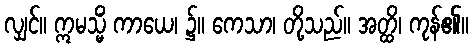
လျှင်။ ဣမသ္မိံ ကာယေ၊ ၌။ ကေသာ၊ တို့သည်။ အတ္ထိ၊ ကုန်၏။